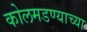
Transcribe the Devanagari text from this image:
कोलमडण्याच्या